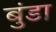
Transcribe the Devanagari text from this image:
बुंडा